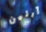
آرلين